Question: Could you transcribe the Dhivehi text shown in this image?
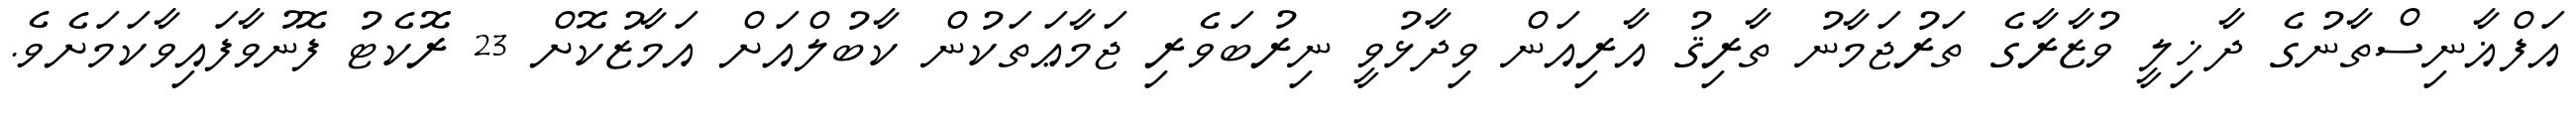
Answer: އަފްޣާނިސްތާނުގެ ދާޚިލީ ވުޒާރާގެ ތަރުޖަމާނު ތާރިޤު އާރިއަން ވިދާޅުވީ ނިރުބަވެރި ޖަމާޢަތަކުން ކާބުލްއަށް އަމާޒުކޮށް 23 ރޮކެޓު ފޮނުވާފައިވާކަމަށެވެ.